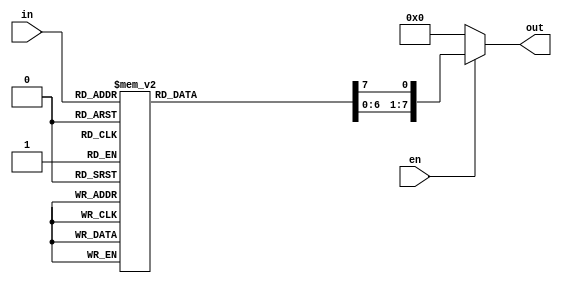
module decod38beh(in,out,en);
input [2:0] in;
input en;
output reg [7:0] out;

always@(in or en)
begin
if (en)
begin
out=8'd0;
case (in)
3'b000: out[0]=1;
3'b001: out[1]=1;
3'b010: out[2]=1;
3'b011: out[3]=1;
3'b100: out[4]=1;
3'b101: out[5]=1;
3'b110: out[6]=1;
3'b111: out[7]=1;
default: out=8'd0;
endcase 
end
else
out=8'd0;
end
endmodule